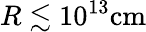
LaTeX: R\lesssim 10^{13}\mathrm{cm}